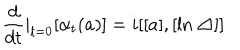
\frac d { d t } | _ { t = 0 } [ \alpha _ { t } ( a ) ] = i [ [ a ] , [ \ln \bigtriangleup ] ]